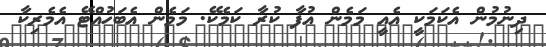
ދިނުމުން އެކަމަކީ އެއީ މަމެން އުފާ ކުރާ ކަމެކޭ. މަމެން އެބަހުއްޓޭ އެމެރިކާ